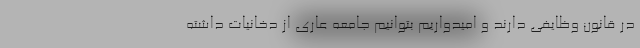
در قانون وظایفی دارند و امیدواریم بتوانیم جامعه عاری از دخانیات داشته